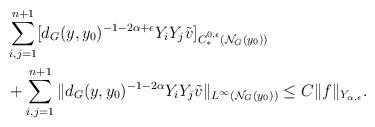
LaTeX: \begin{align*}&\sum\limits_{i,j=1}^{n+1}[d_G(y,y_0)^{-1-2\alpha+\epsilon}Y_i Y_j \tilde{v}]_{C^{0,\epsilon}_\ast(\mathcal{N}_G(y_0))} \\&+ \sum\limits_{i,j=1}^{n+1}\|d_G(y,y_0)^{-1-2\alpha}Y_i Y_j \tilde{v}\|_{L^{\infty}(\mathcal{N}_G(y_0))} \leq C\|f\|_{Y_{\alpha,\epsilon}}.\end{align*}